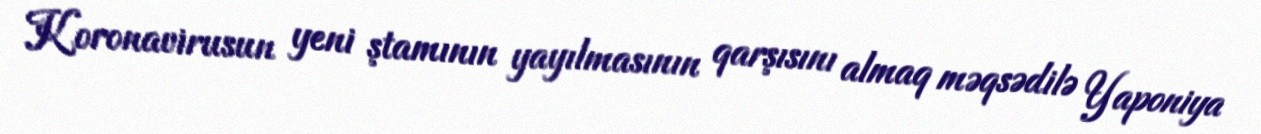
Koronavirusun yeni ştamının yayılmasının qarşısını almaq məqsədilə Yaponiya